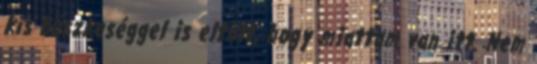
kis büszkeséggel is eltölt, hogy miattam van itt. Nem